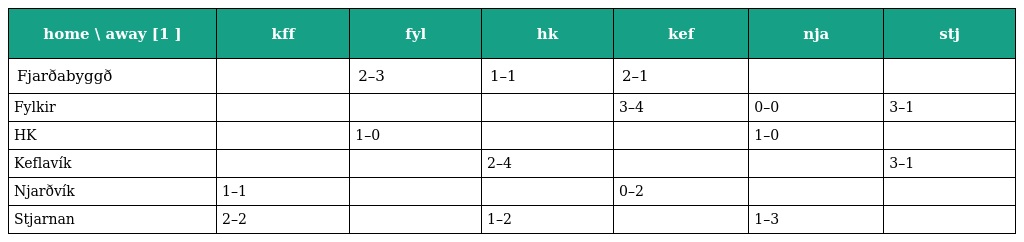
| home \ away [1 ] | kff | fyl | hk | kef | nja | stj |
 | --- | --- | --- | --- | --- | --- | --- |
 | Fjarðabyggð |  | 2–3 | 1–1 | 2–1 |  |  |
 | Fylkir |  |  |  | 3–4 | 0–0 | 3–1 |
 | HK |  | 1–0 |  |  | 1–0 |  |
 | Keflavík |  |  | 2–4 |  |  | 3–1 |
 | Njarðvík | 1–1 |  |  | 0–2 |  |  |
 | Stjarnan | 2–2 |  | 1–2 |  | 1–3 |  |